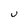
Character: U